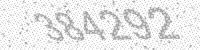
Solution: 384292